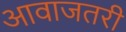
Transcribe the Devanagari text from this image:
आवाजतरी